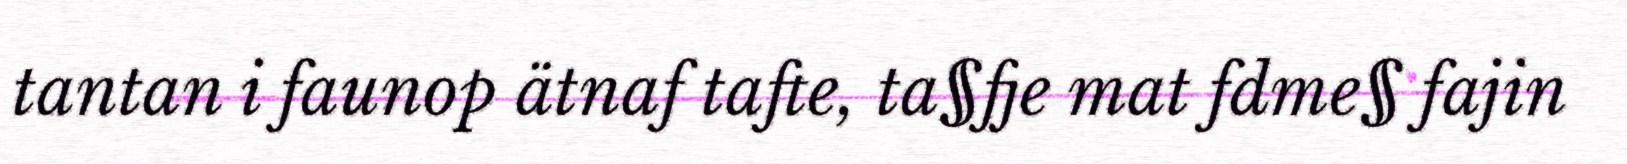
tantan i faunop ätnaf tafte, ta§fje mat fdme§ fajin